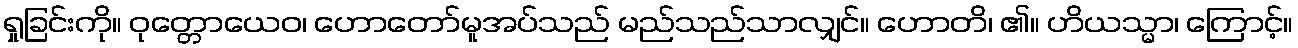
ရှုခြင်းကို။ ဝုတ္တောယေဝ၊ ဟောတော်မူအပ်သည် မည်သည်သာလျှင်။ ဟောတိ၊ ၏။ ဟိယသ္မာ၊ ကြောင့်။